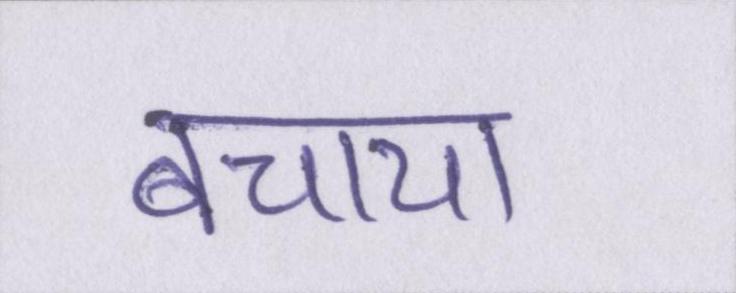
बचाया